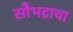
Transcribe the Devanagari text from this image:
सौभद्राचा